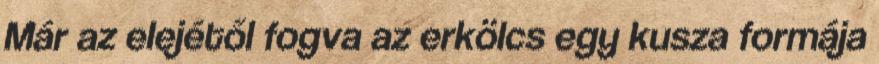
Már az elejétől fogva az erkölcs egy kusza formája